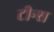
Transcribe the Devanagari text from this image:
टीन्स